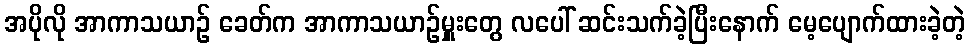
အပိုလို အာကာသယာဉ် ခေတ်က အာကာသယာဉ်မှူးတွေ လပေါ် ဆင်းသက်ခဲ့ပြီးနောက် မေ့ပျောက်ထားခဲ့တဲ့